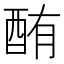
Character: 酭